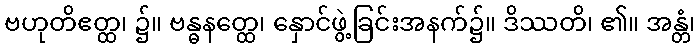
ဗဟုတိဧတ္ထ၊ ၌။ ဗန္ဓနတ္ထေ၊ နှောင်ဖွဲ့ခြင်းအနက်၌။ ဒိဿတိ၊ ၏။ အန္တံ၊